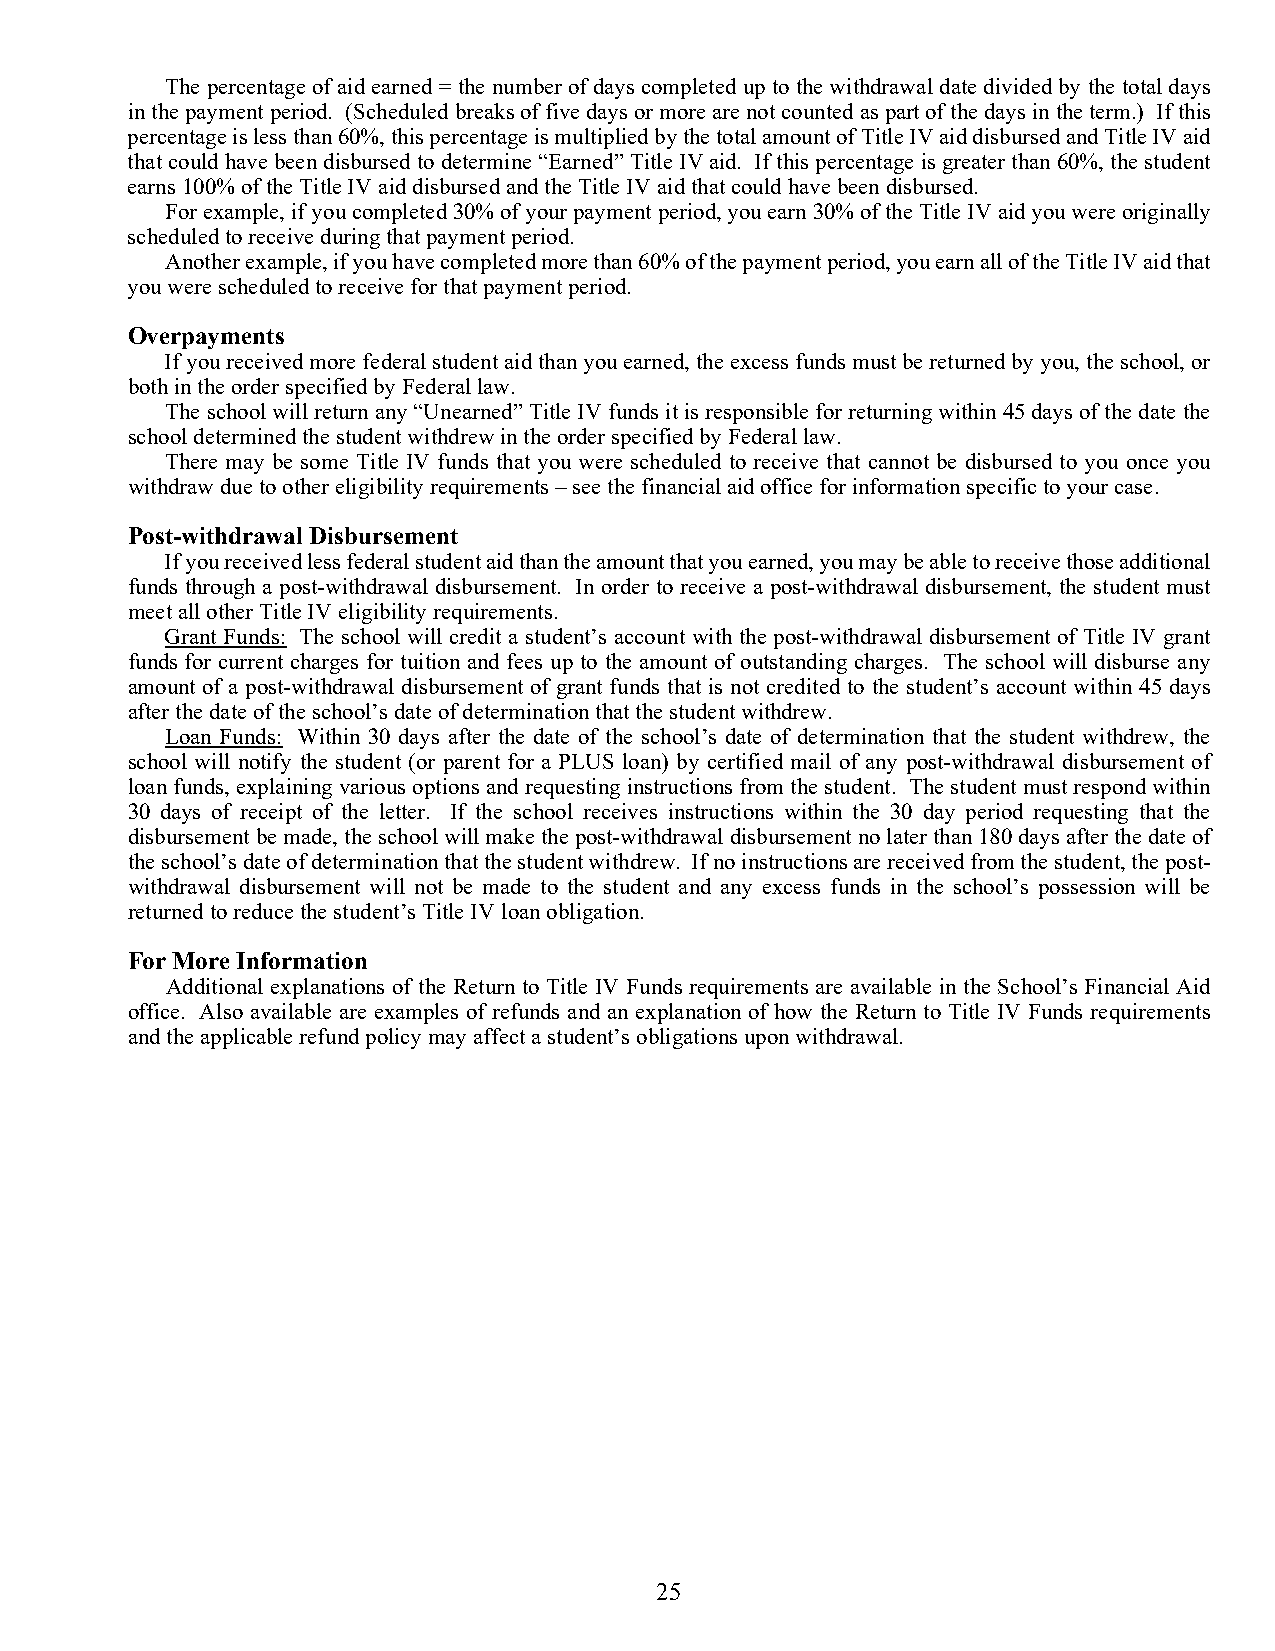
The percentage of aid earned = the number of days completed up to the withdrawal date divided by the total days
 in the payment period. (Scheduled breaks of five days or more are not counted as part of the days in the term.) If this
 percentage is less than 60%, this percentage is multiplied by the total amount of Title IV aid disbursed and Title IV aid
 that could have been disbursed to determine “Earned” Title IV aid. If this percentage is greater than 60%, the student
 earns 100% of the Title IV aid disbursed and the Title IV aid that could have been disbursed.
 For example, if you completed 30% of your payment period, you earn 30% of the Title IV aid you were originally
 scheduled to receive during that payment period.
 Another example, if you have completed more than 60% of the payment period, you earn all of the Title IV aid that
 you were scheduled to receive for that payment period.
 Overpayments
 If you received more federal student aid than you earned, the excess funds must be returned by you, the school, or
 both in the order specified by Federal law.
 The school will return any “Unearned” Title IV funds it is responsible for returning within 45 days of the date the
 school determined the student withdrew in the order specified by Federal law.
 There may be some Title IV funds that you were scheduled to receive that cannot be disbursed to you once you
 withdraw due to other eligibility requirements – see the financial aid office for information specific to your case.
 Post-withdrawal Disbursement
 If you received less federal student aid than the amount that you earned, you may be able to receive those additional
 funds through a post-withdrawal disbursement. In order to receive a post-withdrawal disbursement, the student must
 meet all other Title IV eligibility requirements.
 Grant Funds: The school will credit a student’s account with the post-withdrawal disbursement of Title IV grant
 funds for current charges for tuition and fees up to the amount of outstanding charges. The school will disburse any
 amount of a post-withdrawal disbursement of grant funds that is not credited to the student’s account within 45 days
 after the date of the school’s date of determination that the student withdrew.
 Loan Funds: Within 30 days after the date of the school’s date of determination that the student withdrew, the
 school will notify the student (or parent for a PLUS loan) by certified mail of any post-withdrawal disbursement of
 loan funds, explaining various options and requesting instructions from the student. The student must respond within
 30 days of receipt of the letter. If the school receives instructions within the 30 day period requesting that the
 disbursement be made, the school will make the post-withdrawal disbursement no later than 180 days after the date of
 the school’s date of determination that the student withdrew. If no instructions are received from the student, the post-
 withdrawal disbursement will not be made to the student and any excess funds in the school’s possession will be
 returned to reduce the student’s Title IV loan obligation.
 For More Information
 Additional explanations of the Return to Title IV Funds requirements are available in the School’s Financial Aid
 office. Also available are examples of refunds and an explanation of how the Return to Title IV Funds requirements
 and the applicable refund policy may affect a student’s obligations upon withdrawal.
 25